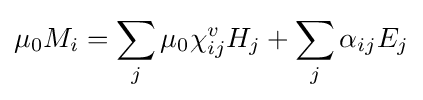
\mu _{0}M_{i}=\sum _{j}\mu _{0}\chi _{ij}^{v}H_{j}+\sum _{j}\alpha _{ij}E_{j}